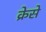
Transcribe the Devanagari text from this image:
क्रेसे